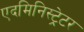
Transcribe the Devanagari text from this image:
एदमिनिस्ट्रेटर